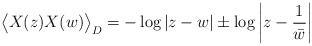
\begin{align*}\big\langle X(z)X(w) \big\rangle_D = -\log |z-w| \pm \log \left|z-\frac1{\bar{w}}\right|\end{align*}